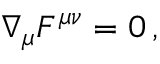
\nabla _ { \mu } F ^ { \mu \nu } = 0 \, ,